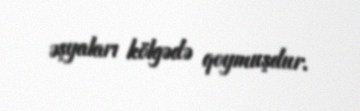
əşyaları kölgədə qoymuşdur.